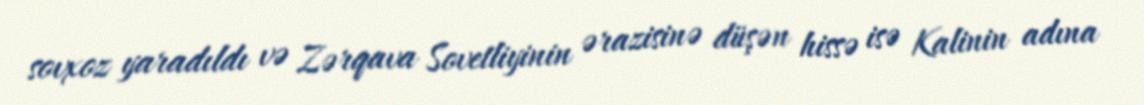
sovxoz yaradıldı və Zərqava Sovetliyinin ərazisinə düşən hissə isə Kalinin adına